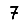
Digit: 7